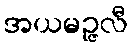
အယမဉ္ဇလီ